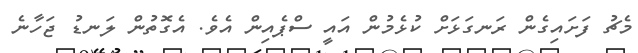
މެޗު ފަށައިގެން ރަނގަޅަށް ކުޅެމުން އައީ ސްޕެއިން އެވެ. އެގޮތުން ލަނޑު ޖަހާނެ